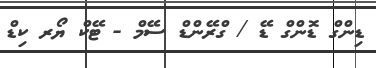
ޑިންގް ޑޮންގް ޑޭ / ގްރޭންޑް ސޭމް - ޓޭކް ޔޯރ ކިޑް